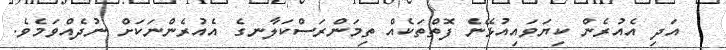
އަދި އެއުރެން ކިޔަވައިއުޅޭނެ ފޮތްތަކެއް ތިމަންރަސްކަލާނގެ އެއުރެންނަކަށް ނުދެއްވަމެވެ.